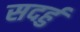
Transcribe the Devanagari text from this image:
सदर्हु